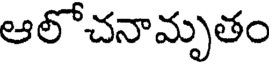
ఆలోచనామృతం